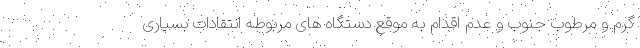
گرم و مرطوب جنوب و عدم اقدام به موقع دستگاه های مربوطه انتقادات بسیاری